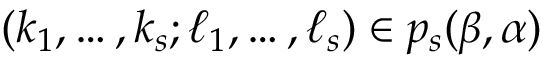
( { \boldsymbol { k } } _ { 1 } , \ldots , { \boldsymbol { k } } _ { s } ; { \boldsymbol { \ell } } _ { 1 } , \ldots , { \boldsymbol { \ell } } _ { s } ) \in p _ { s } ( { \boldsymbol { \beta } } , { \boldsymbol { \alpha } } )